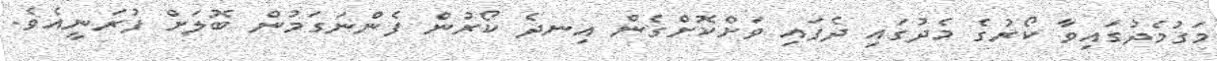
މަގުމެދުގައިވާ ކޯރުގެ މެދުގައި ދެފައި ވަށްކޮށްގެން އިނދެ ކޯރުން ފެންނަގަމުން ބޮލަށް ފުރަނީއެވެ.